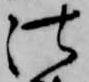
法